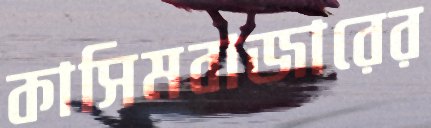
কাসিমবাজারের